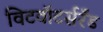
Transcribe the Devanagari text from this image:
विटवॉटर्सरँड